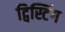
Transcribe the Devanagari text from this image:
ट्विस्टिंग